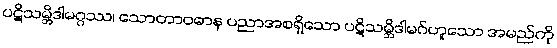
ပဋိသမ္ဘိဒါမဂ္ဂဿ၊ သောတာဝဓာန ပညာအစရှိသော ပဋိသမ္ဘိဒါမဂ်ဟူသော အမည်ကို